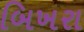
બિખરા